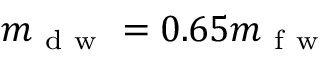
m _ { \mathrm { ~ d ~ w ~ } } = 0 . 6 5 m _ { \mathrm { ~ f ~ w ~ } }